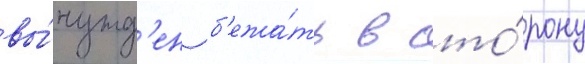
вы́нужд'ен б'ежа́ть в сто́рону